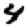
Digit: 4